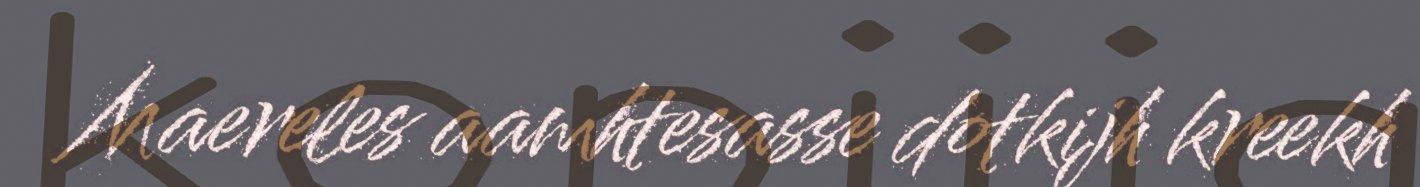
Maereles aamhtesasse dotkijh kreekh